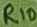
Text: R10